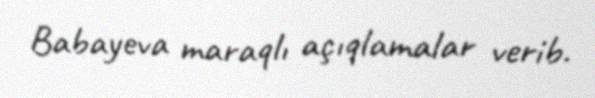
Babayeva maraqlı açıqlamalar verib.